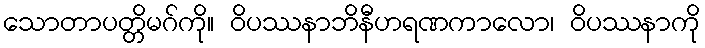
သောတာပတ္တိမဂ်ကို။ ဝိပဿနာဘိနီဟရဏကာလော၊ ဝိပဿနာကို